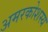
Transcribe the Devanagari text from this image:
अमरकोशस्य